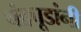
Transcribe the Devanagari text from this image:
चंद्रचूडांनी